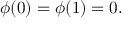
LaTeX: \phi ( 0 ) = \phi ( 1 ) = 0 .